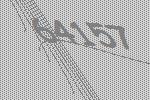
64157